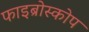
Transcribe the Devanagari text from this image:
फाइब्रोस्कोप